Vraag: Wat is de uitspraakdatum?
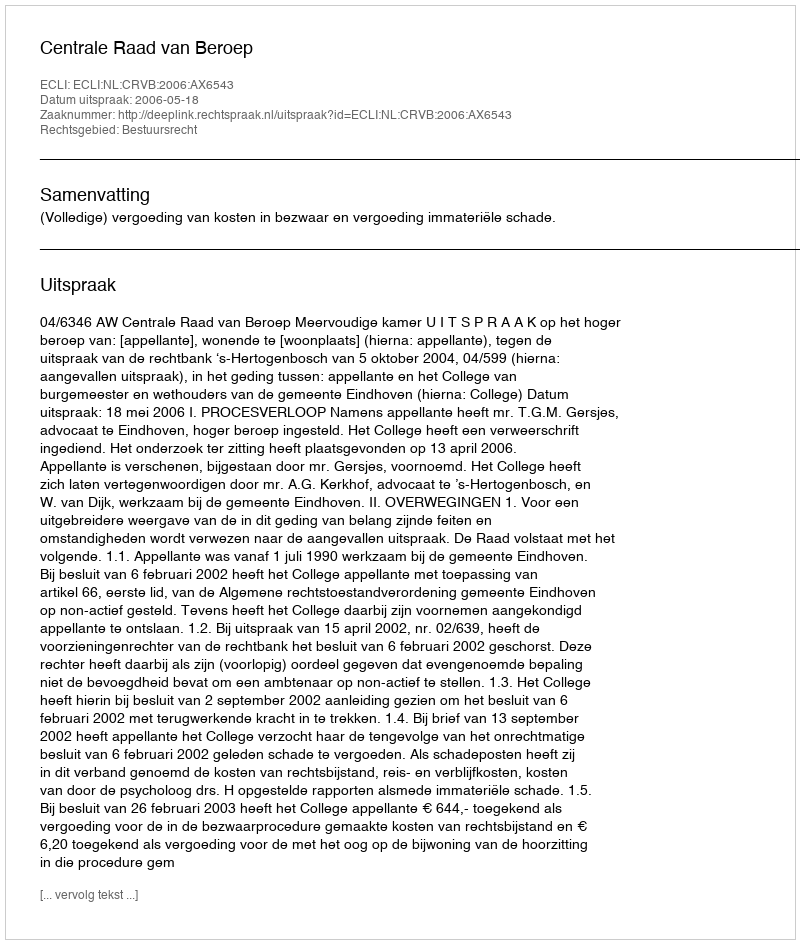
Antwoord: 2006-05-18